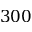
3 0 0